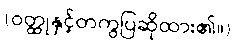
(ဝတ္ထုနှင့်တကွပြဆိုထား၏။)